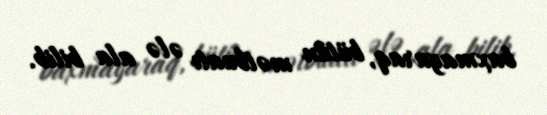
baxmayaraq, bütün mətbuatı ələ ala bilib.